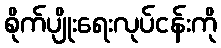
စိုက်ပျိုးရေးလုပ်ငန်းကို